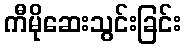
ကီမိုဆေးသွင်းခြင်း